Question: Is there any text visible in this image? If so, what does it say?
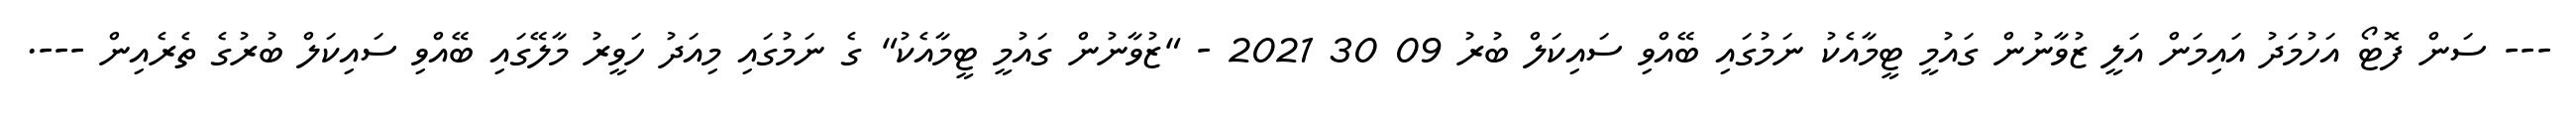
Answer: --- ސަން ފޮޓޯ އަހުމަދު އައިމަން އަލީ ޒުވާނުން ގައުމީ ޓީމާއެކު ނަމުގައި ބޭއްވި ސައިކަލް ބުރު 09 30 2021 - "ޒުވާނުން ގައުމީ ޓީމާއެކު" ގެ ނަމުގައި މިއަދު ހަވީރު މާލޭގައި ބޭއްވި ސައިކަލް ބުރުގެ ތެރެއިން ---.